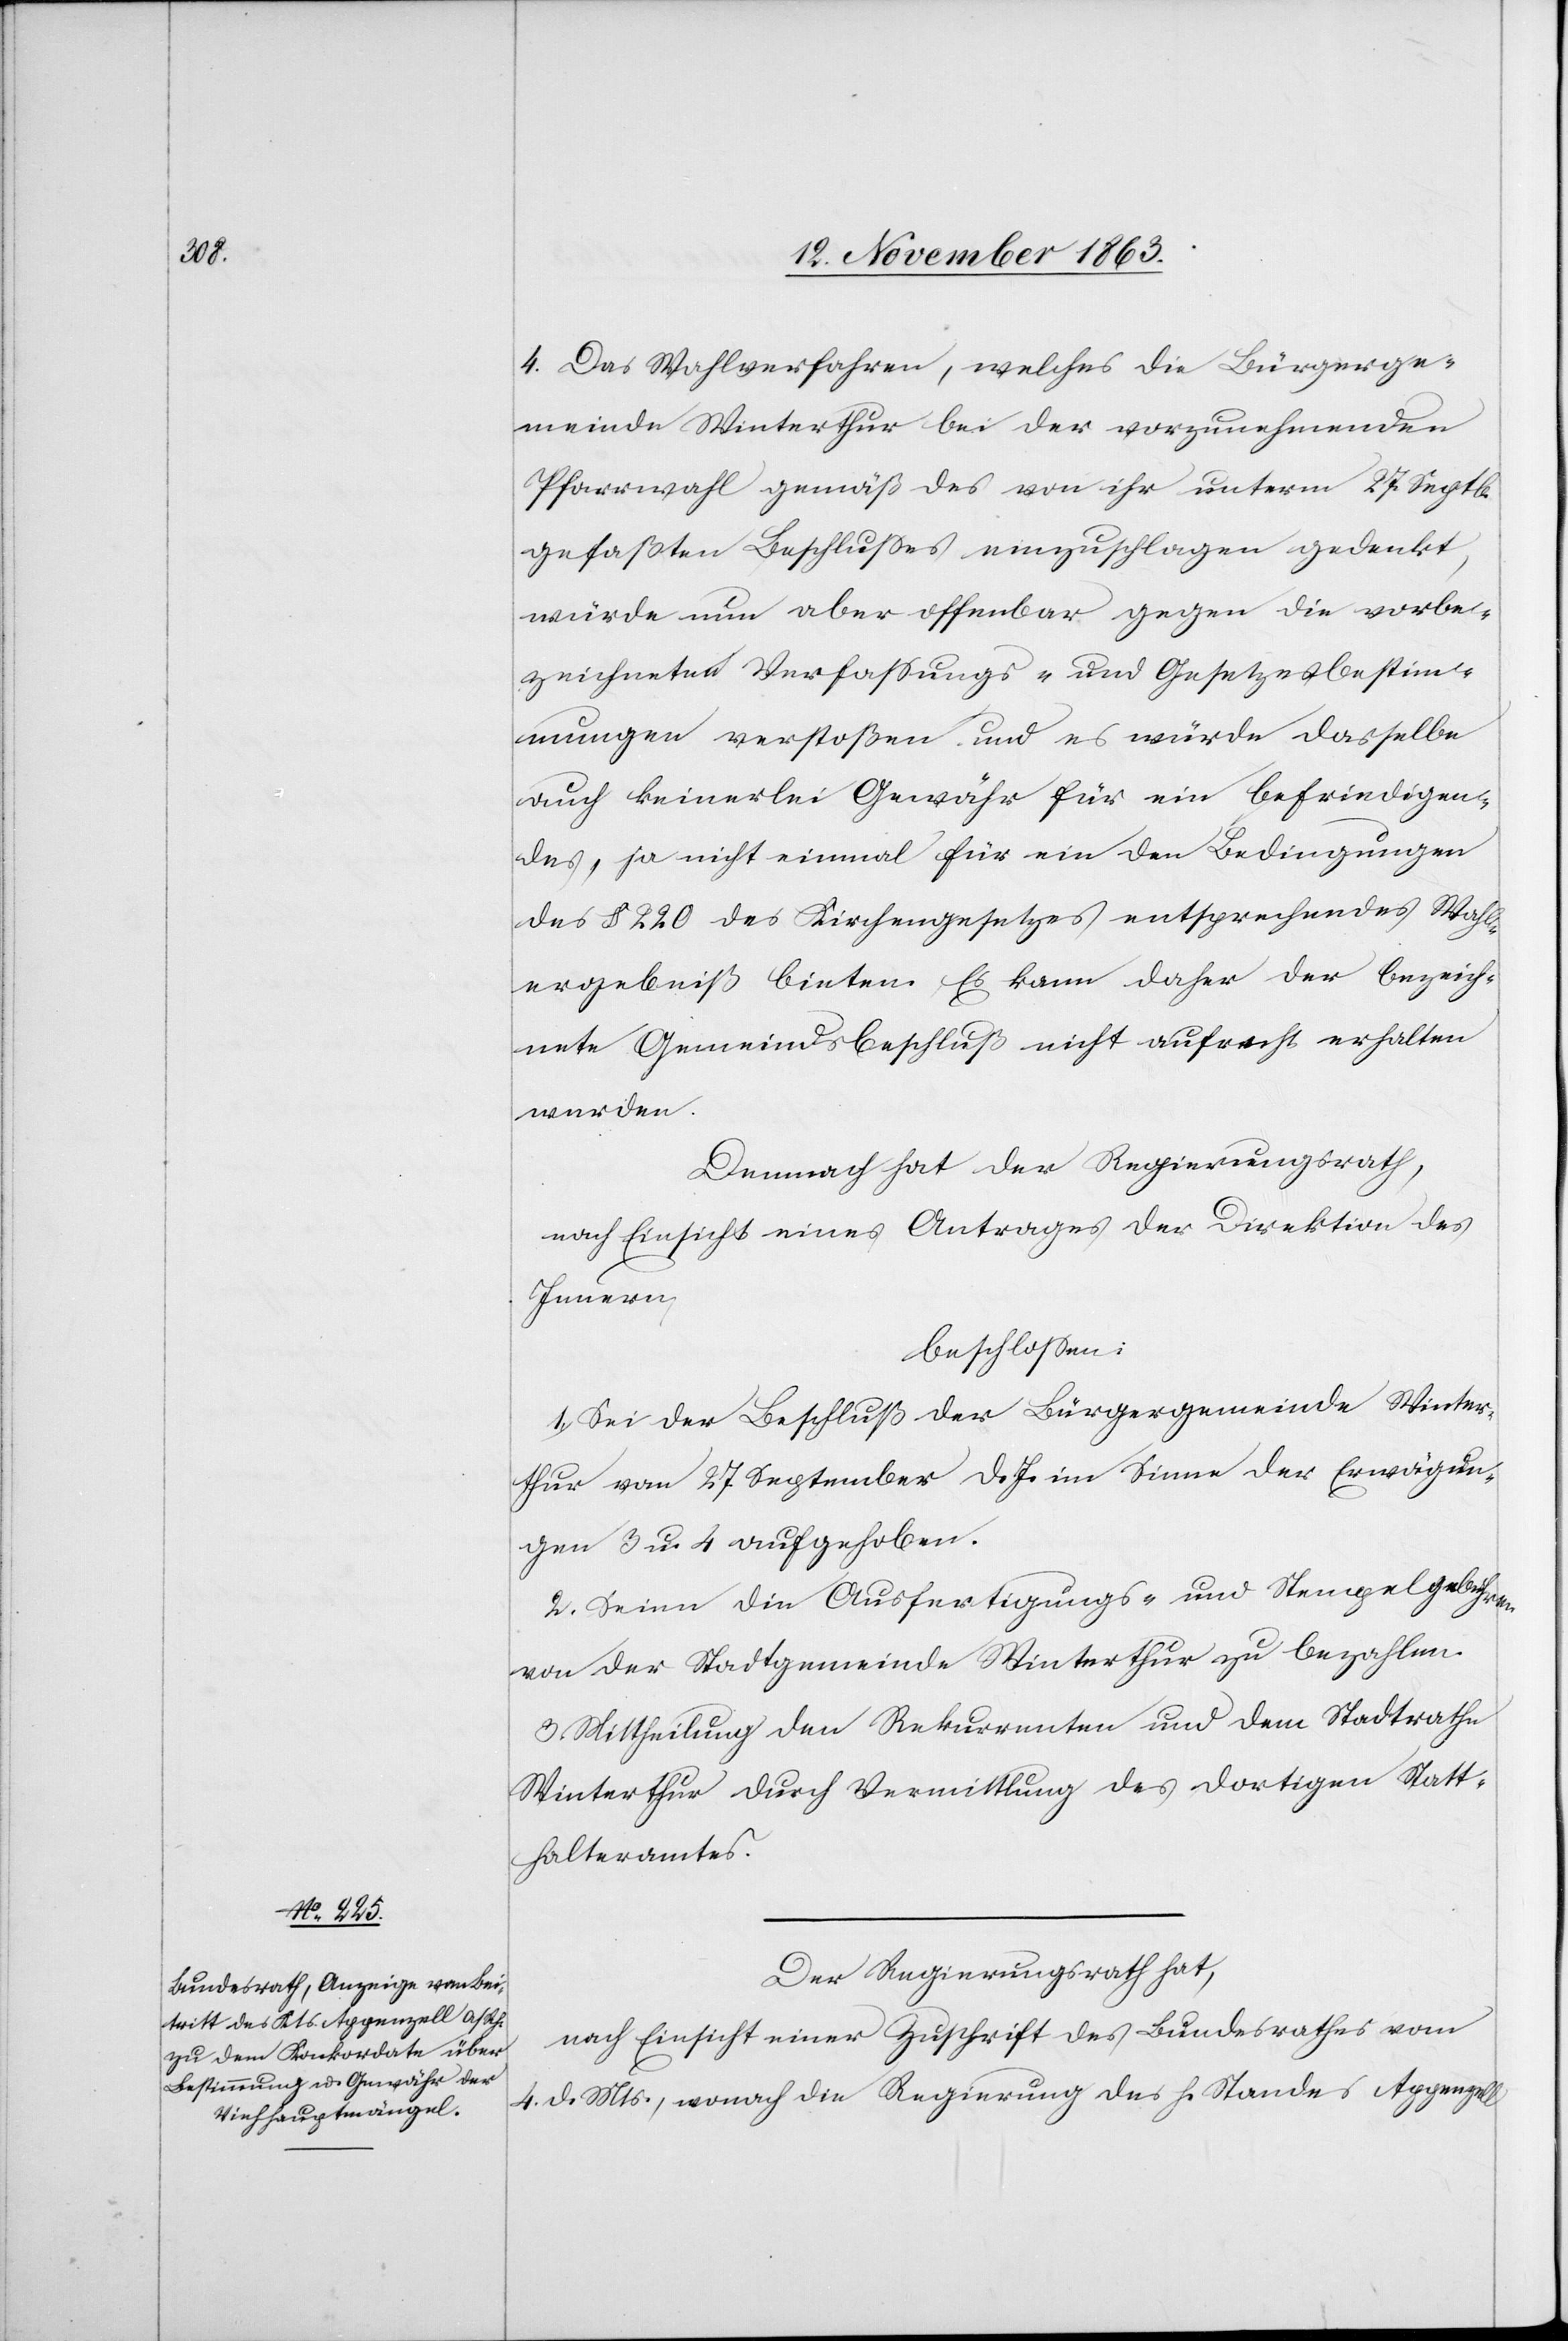
4. Das Wahlverfahren, welches die Bürgerge¬
meinde Winterthur bei der vorzunehmenden
Pfarrwahl gemäß des von ihr unterm 27. Septb.
gefaßten Beschlusses einzuschlagen gedenkt,
würde nun aber offenbar gegen die vorbe¬
zeichneten Verfassungs- und Gesetzesbestim¬
mungen verstoßen und es würde dasselbe
auch keinerlei Gewähr für ein befriedigen¬
des, ja nicht einmal für ein den Bedingungen
des § 220 des Kirchengesetzes entsprechendes Wahl¬
ergebniß bieten. Es kann daher der bezeich¬
nete Gemeindsbeschluß nicht aufrecht erhalten
werden.
Demnach hat der Regierungsrath
nach Einsicht eines Antrages der Direktion des
Innern,
beschlossen:
1. Sei der Beschluß der Bürgergemeinde Winter¬
thur vom 27 September d. Js. im Sinne der Erwägun¬
gen 3 u. 4 aufgehoben.
2. Seien die Ausfertigungs- und Stempelgebühren
von der Stadtgemeinde Winterthur zu bezahlen.
3. Mittheilung den Rekurrenten und dem Stadtrathe
Winterthur durch Vermittlung des dortigen Statt¬
halteramtes.
Der Regierungsrath hat,
nach Einsicht einer Zuschrift des Bundesrathes vom
4. d. Mts., wonach die Regierung des h. Standes Appenzell